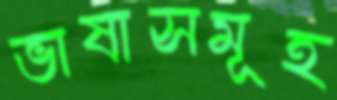
ভাষাসমূহ